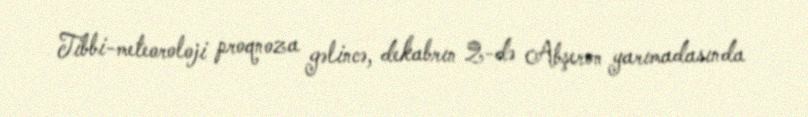
Tibbi-meteoroloji proqnoza gəlincə, dekabrın 2-də Abşeron yarımadasında